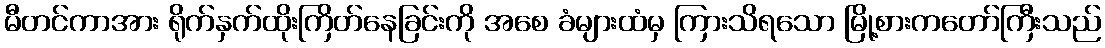
မီတင်ကာအား ရိုက်နှက်ထိုးကြိတ်နေခြင်းကို အစေ ခံများထံမှ ကြားသိရသော မြို့စားကတော်ကြီးသည်